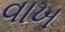
વાખ